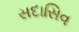
સદાસિવ